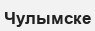
Чулымске